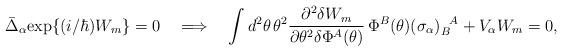
LaTeX: \begin{align*}\bar{\Delta}_\alpha {\rm exp}\{ (i/\hbar) W_m \} = 0\quad\Longrightarrow\quad\int d^2 \theta \, \theta^2 \frac{\partial^2 \delta W_m}{\partial \theta^2 \delta \Phi^A(\theta)} \, \Phi^B(\theta) (\sigma_\alpha)_B^{~~\!A} + V_\alpha W_m = 0,\end{align*}